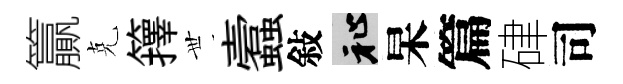
籯克籜𠀍蠧敍祉杲篇硉司